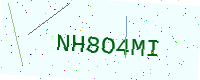
Text: NH8O4MI